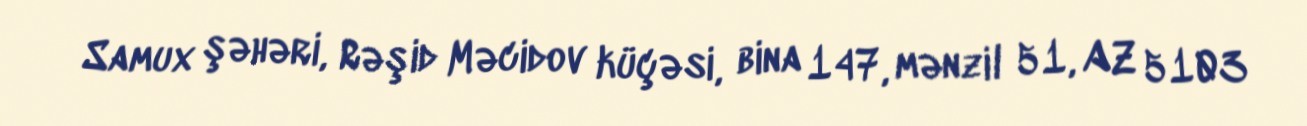
Samux şəhəri, Rəşid Məcidov küçəsi, bina 147, mənzil 51, AZ 5103